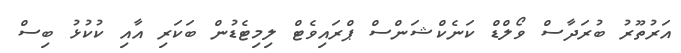
އަރުތޫރު ބުރަދާސް ވޯލްޑް ކަނެކްޝަންސް ޕްރައިވެޓް ލިމިޓެޑުން ބަކަރި އާއި ކުކުޅު ބިސް